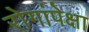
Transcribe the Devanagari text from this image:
रोगांपेक्षा